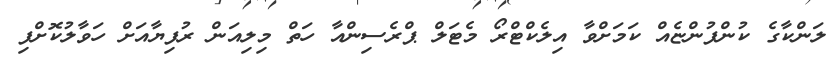
ލަންކާގެ ކުންފުންޏެއް ކަމަށްވާ އިލެކްޓްރޯ މެޓަލް ޕްރެސިންއާ ހަތް މިލިއަން ރުފިޔާއަށް ހަވާލުކޮށްފި